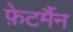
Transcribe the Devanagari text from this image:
फ़ेटर्मैन